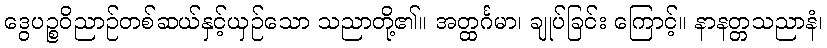
ဒွေပဉ္စဝိညာဉ်တစ်ဆယ်နှင့်ယှဉ်သော သညာတို့၏။ အတ္ထင်္ဂမာ၊ ချုပ်ခြင်း ကြောင့်။ နာနတ္တသညာနံ၊